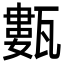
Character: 甊